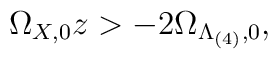
\Omega_{X,0}z > - 2\Omega_{\Lambda_{(4)},0} ,